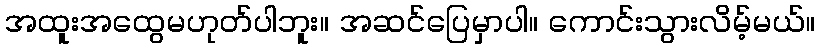
အထူးအထွေမဟုတ်ပါဘူး။ အဆင်ပြေမှာပါ။ ကောင်းသွားလိမ့်မယ်။